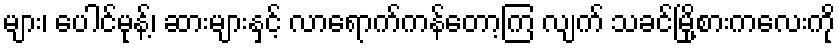
များ၊ ပေါင်မုန့်၊ ဆားများနှင့် လာရောက်ကန်တော့ကြ လျက် သခင်မြို့စားကလေးကို